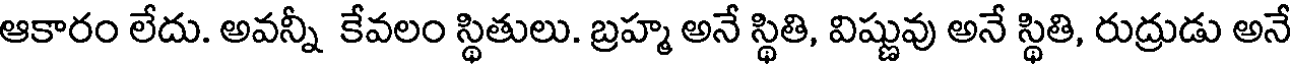
ఆకారం లేదు. అవన్నీ కేవలం స్థితులు. బ్రహ్మ అనే స్థితి, విష్ణువు అనే స్థితి, రుద్రుడు అనే